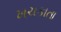
ખચકાતા